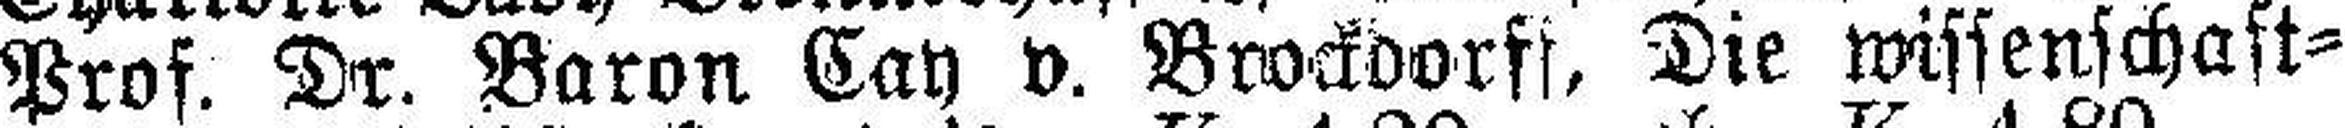
Prof. Dr. Baron Cay v. Brockdorfs, Die wissenschaft¬